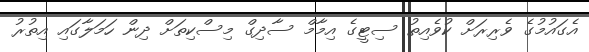
އެގައުމުގެ ވެރިރަށް ކުވެއިތު ސިޓީގެ އިމާމް ސާދިގް މިސްކިތަށް ދިން ހަމަލާގައި އިތުރު